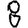
Digit: 8